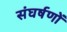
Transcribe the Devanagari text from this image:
संघर्षणों